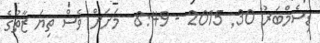
ޑިސެމްބަރު 30